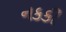
નકકી